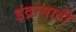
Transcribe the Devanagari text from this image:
इंद्रासाठी